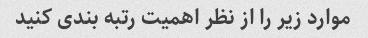
موارد زیر را از نظر اهمیت رتبه بندی کنید